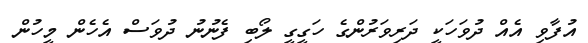
އުފާވި އެއް ދުވަހަކީ ދަރިވަރުންގެ ހަގީގީ ލޯބި ފެނުނު ދުވަސް އެހެން މީހުން